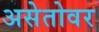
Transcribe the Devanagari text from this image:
असेतोवर